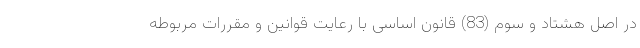
در اصل هشتاد و سوم (83) قانون اساسی با رعایت قوانین و مقررات مربوطه